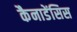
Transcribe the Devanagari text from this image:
कैनाडेंसिस